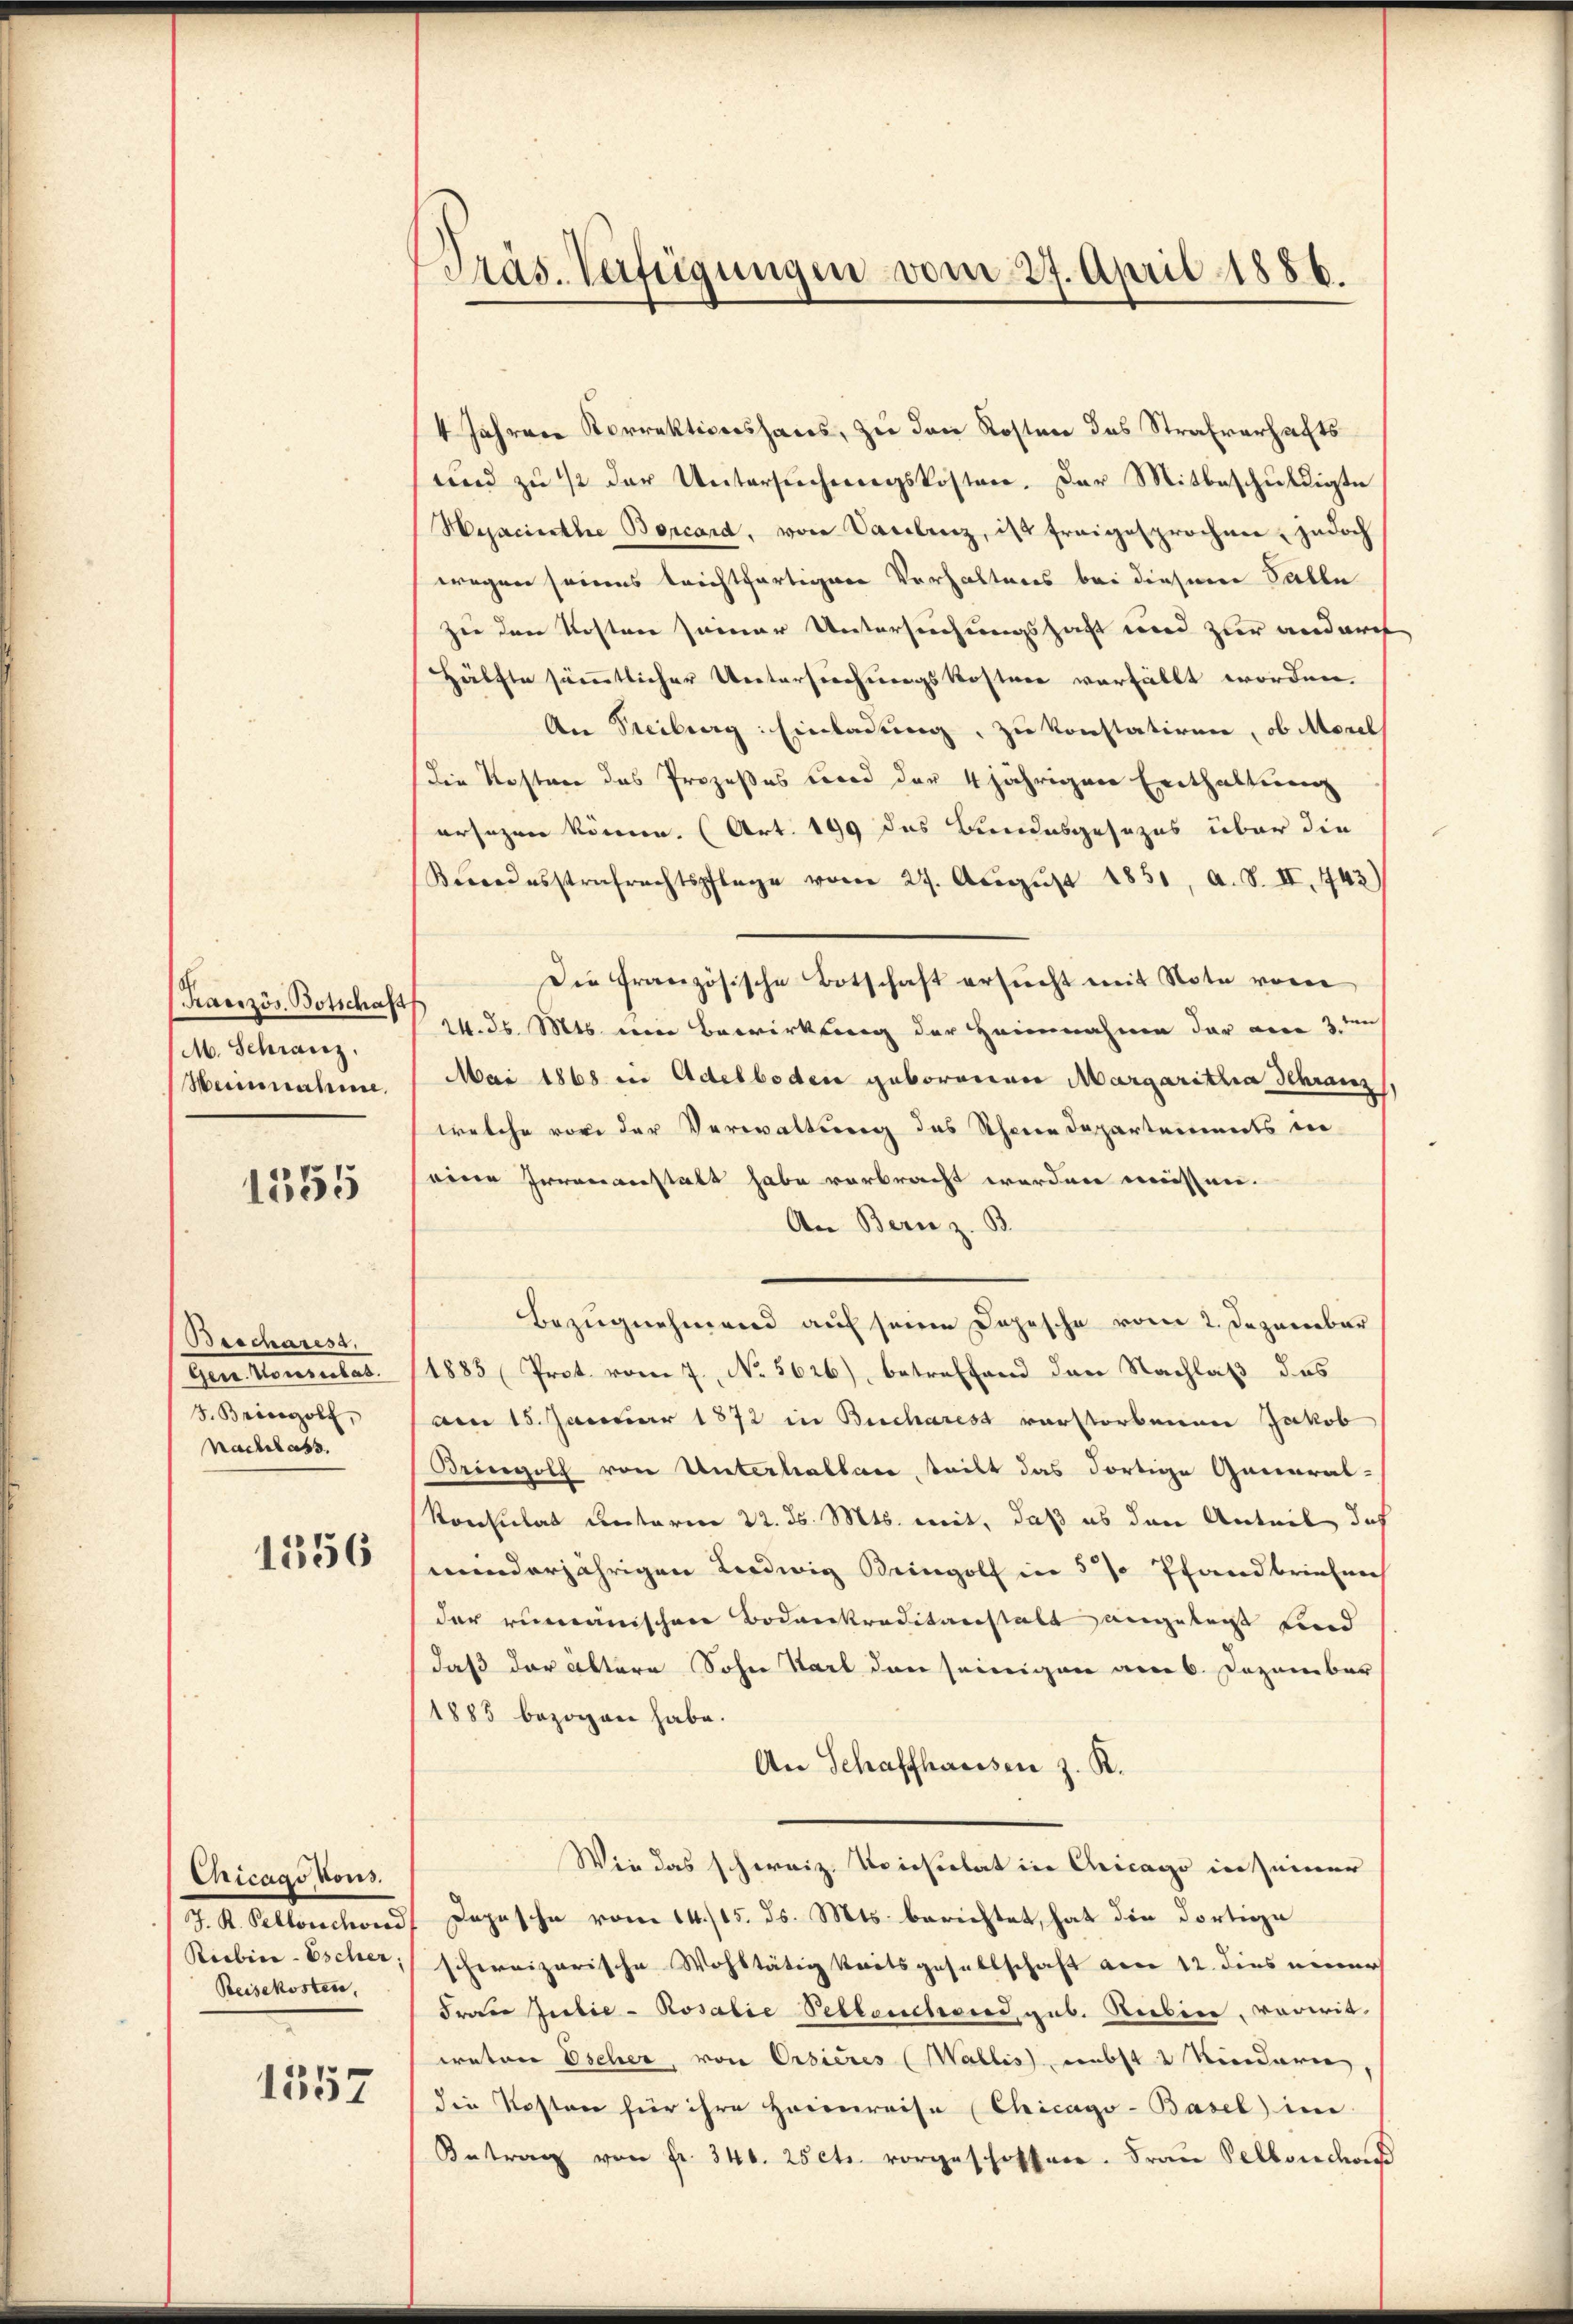
Französ. Botschaft
M. Schranz.
Heinnahme.

1355

Beschares.
Herr Maniertat
J. Bringolf,
Nachlass.

1356

Chicago vons.
Reisekosten,

1557

Präs. Verfügungen vom 27. April 1886.

4 Jahren Korrektionshaus, zu den Kosten das Strafverhafts
und zu 1/2 der Untersuchungskosten. Der Mitbeschuldigte
Hyacinathe Borcard, von Vaulenz, ist freigesprochen, jedoch
wegen seines brechtfertigen Verhaltens bei diesem Falle
zie den Kosten seiner Untersuchungshaft und zur andurch
Hälfte sämmtlicher Untersuchungskostner verfällt worden.
An Freiberg: Einladung, zu konstatiren, ob Morel
Die Kosten das Prozeßes wird der 4 jährigen Enthaltung
ersagen könne. (Art. 199 das Bundesgesezes über die
Kodesstrafrechtspflege vom 27. Aŭgŭst 1851, a. S. II. 743)
Die Französische Botschaft ersucht mit Note vom
14. ds. Mts. eine Bewirkung der Heinnahme der eine 3.
Mai 1868 in Adelboden geborenen Margaritha Schranz
welche vor der Verwaltung des Schene Departements in
eine Irrenanstalt habe verbracht werden müssen.
An Bern z. B.
Bezŭgnehmend auf seine Depesche vom 2. Dezember
1883 Prot. vom 7. No 5626), betreffend den Nachlaß das
am 15. Januar 1872 in Bucharest vorstorbenen Jakob
Bringolf von Unterhalbare, teilt das dortige General-
Konsulat Unterm 22. ds. Mts. mit, daß es den Anteil doch
miinderjährigen Ludwig Bringolf in 5 % Pfandbriefen
der rumänischen Bodenkreditanstalt angelegt find
daß der älteren Sohn Karl den seinigen am 6. Dezember
1885 bezogen habe.
An Schaffhausen z. K.
Wie das schweiz. Uriesalat in Chicago in seiner
J. K. Pelloschon Japasche vom 14./25. ds. Mts. berichtet, hat die dortige
Riebice-Escher, schweizerische Wohltätigkeitsgesellschaft am 12. dies einer
Frau Julie- Rosalie Pellenchores, geb. Reiben, vorwitweten Escher, von Ersieres (Wallis, nebst 2 Kindern,
die Kosten für ihre Heimreise (Chicago-Basel im
Betrag von fr. 340. 25 cts. vorgeschoffen. Frau Selbonda